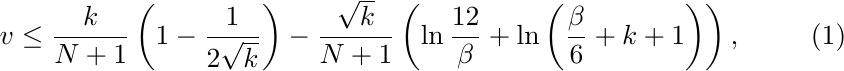
\begin{equation}
v \leq \frac{k}{N+1} \left( 1 - \frac{1}{2 \sqrt{k}} \right)
- \frac{\sqrt{k}}{N+1} \left( \ln \frac{12}{\beta} + \ln \left(\frac{\beta}{6}+k+1 \right) \right),
\label{bound-on-v}
\end{equation}